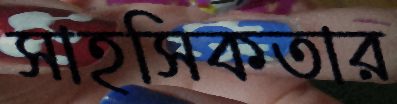
সাহসিকতার